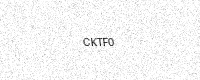
Text: CKTF0